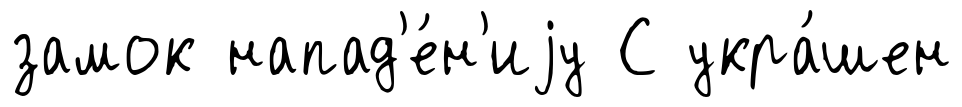
замок напад'е́н'иjу С укра́шен